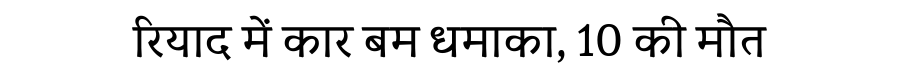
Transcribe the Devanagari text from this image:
रियाद में कार बम धमाका, 10 की मौत